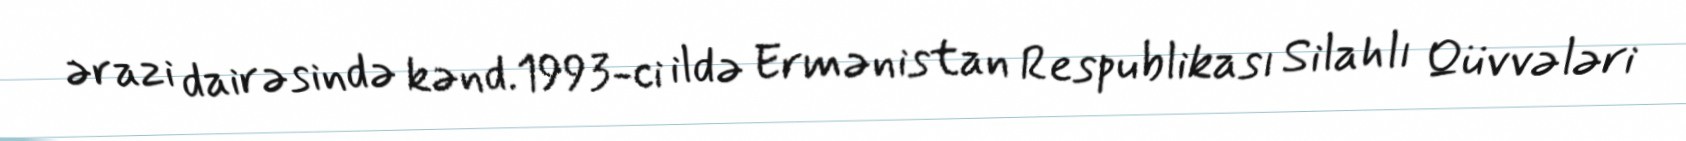
ərazi dairəsində kənd.1993-ci ildə Ermənistan Respublikası Silahlı Qüvvələri